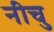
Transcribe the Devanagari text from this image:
नीचु